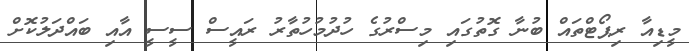
މީޑިއާ ރިޕޯޓްތައް ބުނާ ގޮތުގައި މިސްރުގެ ހުދުމުހުތާރު ރައީސް ސީސީ އާއި ބައްދަލުކޮށް